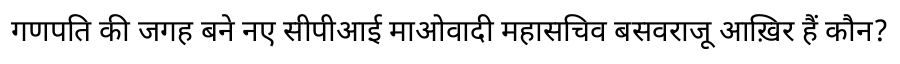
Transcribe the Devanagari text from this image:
गणपति की जगह बने नए सीपीआई माओवादी महासचिव बसवराजू आख़िर हैं कौन?